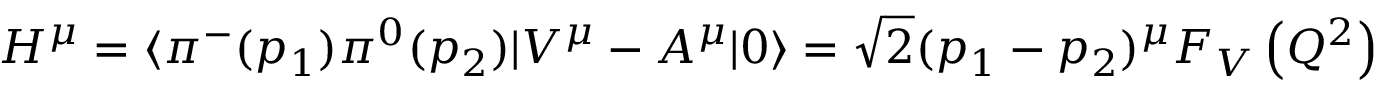
H ^ { \mu } = \langle \pi ^ { - } ( p _ { 1 } ) \pi ^ { 0 } ( p _ { 2 } ) | V ^ { \mu } - A ^ { \mu } | 0 \rangle = \sqrt { 2 } ( p _ { 1 } - p _ { 2 } ) ^ { \mu } F _ { V } \left( Q ^ { 2 } \right)